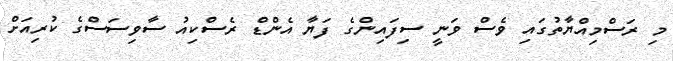
މި ރަސްމިއްޔާތުގައި ވެސް ވަނީ ސިފައިންގެ ފަޔާ އެންޑް ރެސްކިއު ސާވިސަސްގެ ކުރިއަށް